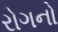
રોગનો